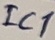
Text: IC1